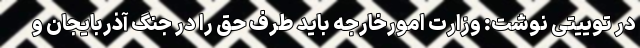
در توییتی نوشت: وزارت امورخارجه باید طرف حق را در جنگ آذربایجان و